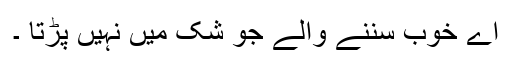
اے خوب سننے والے جو شک میں نہیں پڑتا ۔